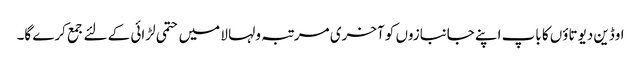
اوڈین دیوتاؤں کا باپ اپنے جانبازوں کو آخری مرتبہ ولہا لا میں حتمی لڑائی کے لئے جمع کرے گا۔